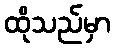
ထိုသည်မှာ